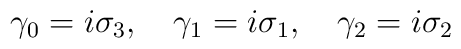
\gamma_{0} = i\sigma_{3},\quad \gamma_{1} = i\sigma_{1},\quad\gamma_{2} = i\sigma_{2}